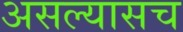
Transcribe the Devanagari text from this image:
असल्यासच